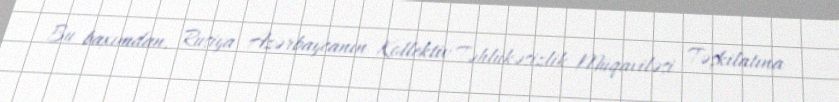
Bu baxımdan, Rusiya Azərbaycanın Kollektiv Təhlükəsizlik Müqaviləsi Təşkilatına